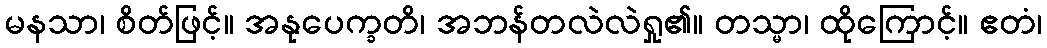
မနသာ၊ စိတ်ဖြင့်။ အနုပေက္ခတိ၊ အဘန်တလဲလဲရှု၏။ တသ္မာ၊ ထိုကြောင့်။ ဧတံ၊